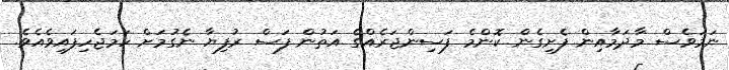
ނަމަވެސް މާދަމާއިން ފެށިގެން ކޮންމެ ފަސިންޖަރެއްގެ އަތުން ފަސް ރުފިޔާ ނެގުމަށް ހަމަޖެހިފައިވެއެވެ.